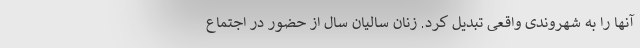
آنها را به شهروندی واقعی تبدیل کرد. زنان سالیان سال از حضور در اجتماع